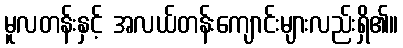
မူလတန်းနှင့် အလယ်တန်းကျောင်းများလည်းရှိ၏။